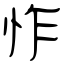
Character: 怍